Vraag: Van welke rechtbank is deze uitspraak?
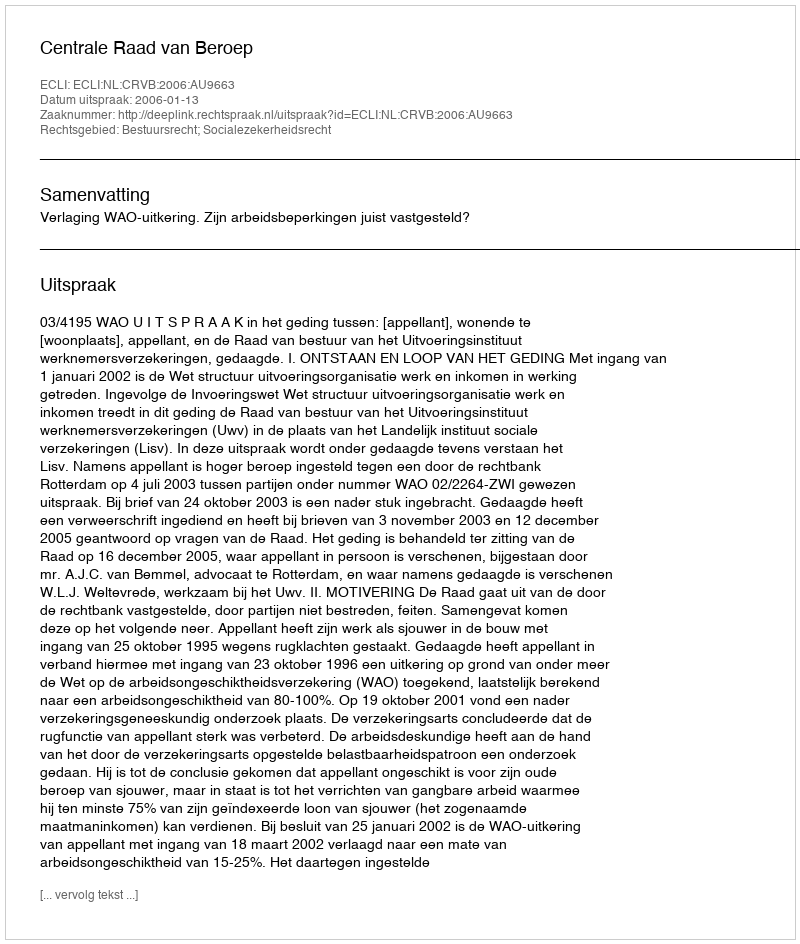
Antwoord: Centrale Raad van Beroep